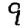
Digit: 9